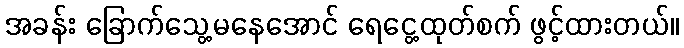
အခန်း ခြောက်သွေ့မနေအောင် ရေငွေ့ထုတ်စက် ဖွင့်ထားတယ်။